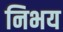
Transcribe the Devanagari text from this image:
निभय